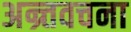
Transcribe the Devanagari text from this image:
अन्र्तवचना